Medical and sanitary report on the native army of Bombay for the year
Year: 1878
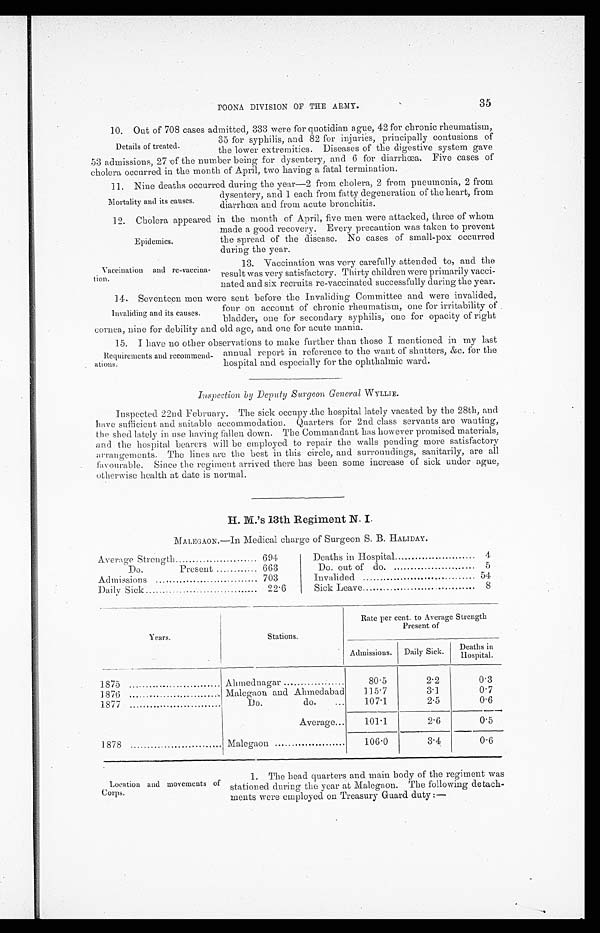
Epidemics.
Vaccination and re-vaccina-
tion.
POONA DIVISION OF THE ARMY.
35
10. Out of 708 cases admitted, 333 were for quotidian ague, 42 for chronic rheumatism,
Details of treated.
35 for syphilis, and 82 for injuries, principally contusions of
the lower extremities. Diseases of the digestive system gave
53 admissions, 27 of the number being for dysentery, and 6 for diarrhœa. Five cases of
cholera occurred in the month of April, two having a fatal termination.
11. Nine deaths occurred during the year—2 from cholera, 2 from pneumonia, 2 from
Mortality and its causes.
dysentery, and 1 each from fatty degeneration of the heart, from
diarrhœa and from acute bronchitis.
12. Cholera appeared in the month of April, five men were attacked, three of whom
made a good recovery, Every precaution was taken to prevent
the spread of the disease. No cases of small-pox occurred
during the year.
13. Vaccination was very carefully attended to, and the
result was very satisfactory. Thirty children were primarily vacci-
nated and six recruits re-vaccinated successfully during the year.
14. Seventeen men were sent before the Invaliding Committee and were invalided,
four on account of chronic rheumatism, one for irritability of
bladder, one for secondary syphilis, one for opacity of right
Invaliding and its causes.
cornea, nine for debility and old age, and one for acute mania.
15. I have no other observations to make further than those I mentioned in my last
Requirements and recommend-
ations.
annual report in reference to the want of shutters, &c. for the
hospital and especially for the ophthalmic ward.
Inspection by Deputy Surgeon General WYLLIE.
Inspected 22nd February. The sick occupy the hospital lately vacated by the 28th, and
have sufficient and suitable accommodation. Quarters for 2nd class servants are wanting,
the shed lately in use haying fallen down. The Commandant has however promised materials,
and the hospital bearers will be employed to repair the walls pending more satisfactory
arrangements. The lines are the best in this circle, and surroundings, sanitarily, are all
fiuvourable. Since the regiment arrived there has been some increase of sick under ague,
otherwise health at date is normal.
H. M.'s 13th Regiment N. I.
MALEGAON.—In Medical charge of Surgeon S. B. HALIDAY.
Average Strength
694
Deaths in Hospital
4
Do.
Present
663
Do. out of do.
5
Admissions
703
Invalided
54
Daily Sick
22.6
Sick Leave
8
Years.
Stations.
Rate per cent. to Average Strength
Present of
Admissions.
Daily Sick.
Deaths in
H o s p i t a l .
1875
Ahmednagar
80.5
2.2
0.3
1876
Malegaon and Ahmedabad
115 . 7
3.1
0.7
1877
Do.
do.
...
107.1
2.5
0.6
1878
Average...
101.1
2.6
0.5
Malegaon
106.0
3.4
0.6
Location and movements of
Corps.
1. The head quarters and main body of the regiment was
stationed during the year at Malegaon. The following detach--
ments were employed on Treasury Guard duty:—